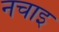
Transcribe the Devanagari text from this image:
नचाइ